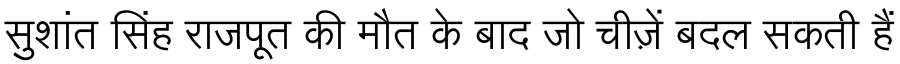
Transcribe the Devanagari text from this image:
सुशांत सिंह राजपूत की मौत के बाद जो चीज़ें बदल सकती हैं